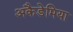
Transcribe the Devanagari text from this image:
अकैडेमिया